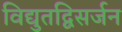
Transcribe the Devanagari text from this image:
विद्युतद्विसर्जन